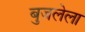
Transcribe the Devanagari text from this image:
बुजलेला